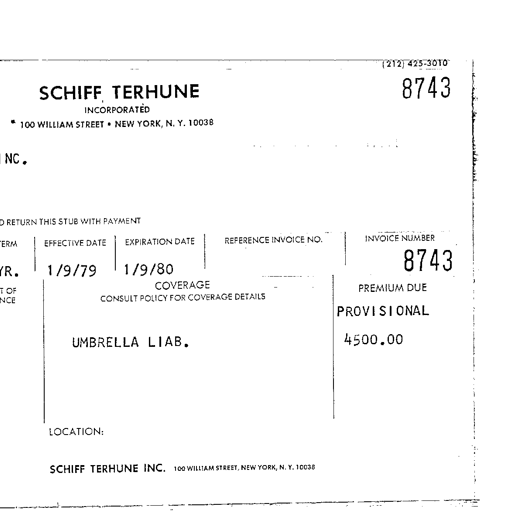
(212) 425-3010
SCHIFF TERHUNE 8743
INCORPORATED
100 WILLIAM STREET • NEW YORK, N. Y. 10038
INC.
RETURN THIS STUB WITH PAYMENT
EFFECTIVE DATE EXPIRATION DATE REFERENCE INVOICE NO. INVOICE NUMBER
1/9/79 1/9/80 8743
COVERAGE PREMIUM DUE
CONSULT POLICY FOR COVERAGE DETAILS
PROVISIONAL
UMBRELLA LIAB. 4500.00
LOCATION:
SCHIFF TERHUNE INC. 100 WILLIAM STREET, NEW YORK, N. Y. 10038